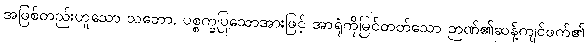
အဖြစ်တည်းဟူသော သဘော, ပစ္စက္ခပြုသောအားဖြင့် အာရုံကိုမြင်တတ်သော ဉာဏ်၏ဆန့်ကျင်ဖက်၏